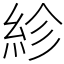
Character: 紾